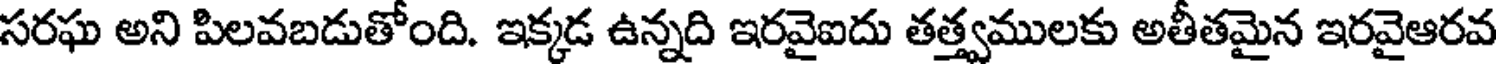
సరఘ అని పిలవబడుతోంది. ఇక్కడ ఉన్నది ఇరవైఐదు తత్త్వములకు అతీతమైన ఇరవైఆరవ